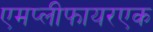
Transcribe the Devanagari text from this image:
एमप्लीफायरएक